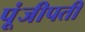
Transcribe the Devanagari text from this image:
पूंजीपती